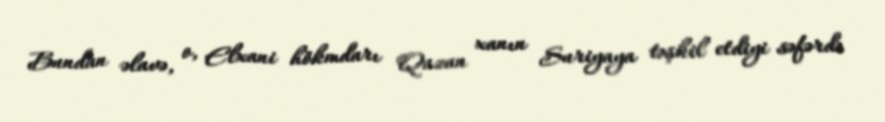
Bundan əlavə, o, Elxani hökmdarı Qazan xanın Suriyaya təşkil etdiyi səfərdə